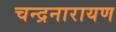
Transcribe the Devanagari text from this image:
चन्द्रनारायण